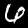
Digit: 6